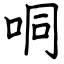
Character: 哃